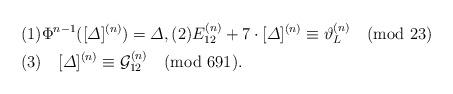
LaTeX: \begin{align*}& (1)\Phi^{n-1}([\varDelta]^{(n)})=\varDelta,(2)E_{12}^{(n)}+7\cdot [\varDelta]^{(n)} \equiv \vartheta_L^{(n)} \pmod{23}\\& (3)\quad[\varDelta]^{(n)} \equiv \mathcal{G}_{12}^{(n)} \pmod{691}.\end{align*}